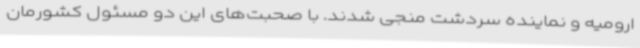
ارومیه و نماینده سردشت منجی شدند. با صحبت‌های این دو مسئول کشورمان